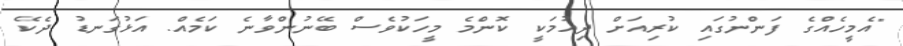
"އެމީހެއްްގެ ފަންނުގައި ކުރިއަށް ދިއުމަކީ ކޮންމެ މީހަކުވެސް ބޭނުންވާނެ ކަމެއް. އަޅުގަނޑު ދެކޭ